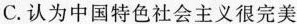
C.认为中国特色社会主义很完美